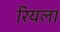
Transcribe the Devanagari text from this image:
रियला